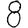
Digit: 8